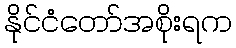
နိုင်ငံတော်အစိုးရက